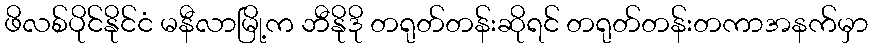
ဖိလစ်ပိုင်နိုင်ငံ မနီလာမြို့က ဘီနိုဒို တရုတ်တန်းဆိုရင် တရုတ်တန်းတကာအနက်မှာ